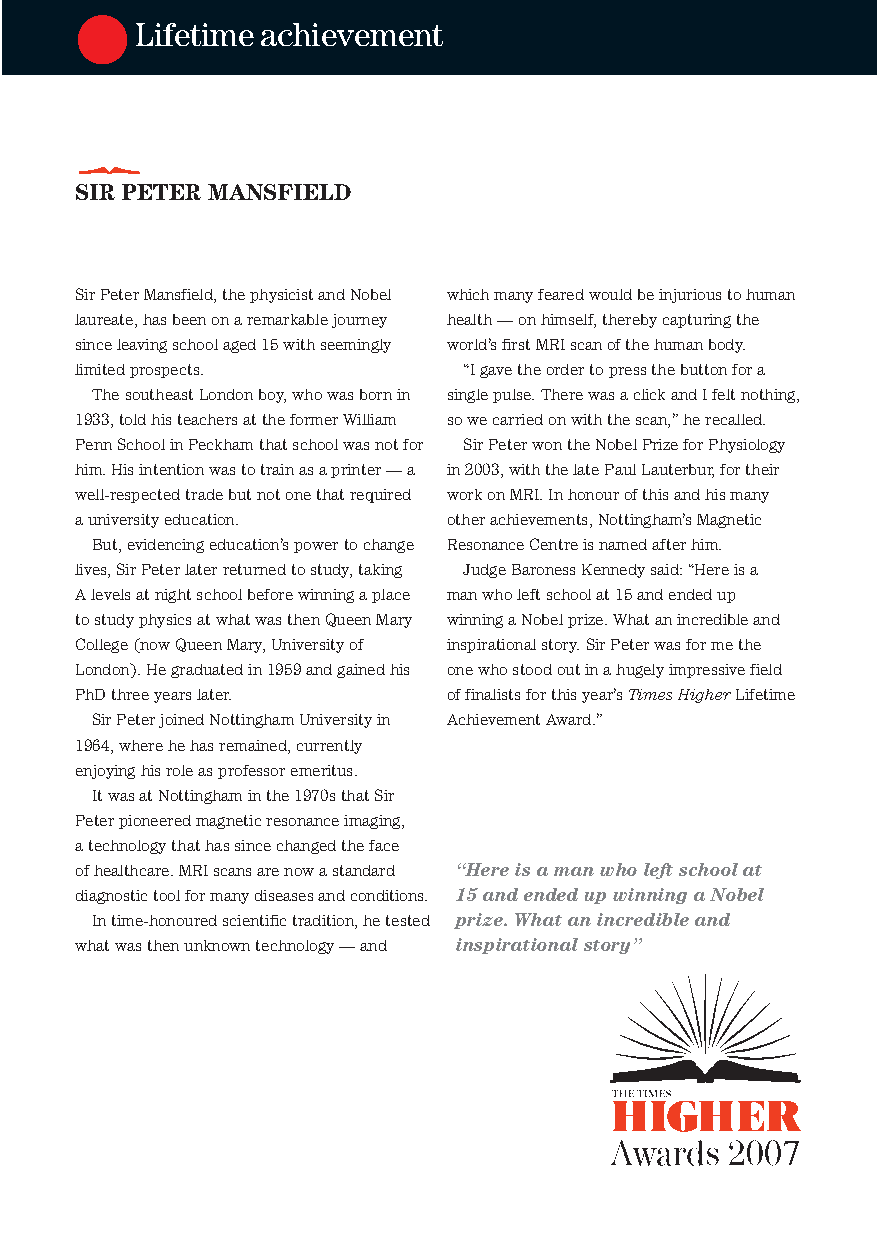
Lifetimeachievement
 SIR PETER MANSFIELD
 SirPeterMansfield,thephysicistandNobel whichmanyfearedwouldbeinjurioustohuman
 laureate,hasbeenonaremarkablejourney health—onhimself,therebycapturingthe
 sinceleavingschoolaged15withseemingly world’sfirstMRIscanofthehumanbody.
 limitedprospects.         “Igavetheordertopressthebuttonfora
 ThesoutheastLondonboy,whowasbornin singlepulse.TherewasaclickandIfeltnothing,
 1933,toldhisteachersattheformerWilliam sowecarriedonwiththescan,”herecalled.
 PennSchoolinPeckhamthatschoolwasnotfor SirPeterwontheNobelPrizeforPhysiology
 him.Hisintentionwastotrainasaprinter—a in2003,withthelatePaulLauterbur,fortheir
 well-respectedtradebutnotonethatrequired workonMRI.Inhonourofthisandhismany
 auniversityeducation.    otherachievements,Nottingham’sMagnetic
 But,evidencingeducation’spowertochange ResonanceCentreisnamedafterhim.
 lives,SirPeterlaterreturnedtostudy,taking JudgeBaronessKennedysaid:“Hereisa
 Alevelsatnightschoolbeforewinningaplace manwholeftschoolat15andendedup
 tostudyphysicsatwhatwasthenQueenMary winningaNobelprize.Whatanincredibleand
 College(nowQueenMary,Universityof inspirationalstory.SirPeterwasformethe
 London).Hegraduatedin1959andgainedhis onewhostoodoutinahugelyimpressivefield
 PhDthreeyearslater.      offinalistsforthisyear’sTimesHigherLifetime
 SirPeterjoinedNottinghamUniversityin AchievementAward.”
 1964,wherehehasremained,currently
 enjoyinghisroleasprofessoremeritus.
 ItwasatNottinghaminthe1970sthatSir
 Peterpioneeredmagneticresonanceimaging,
 atechnologythathassincechangedtheface
 ofhealthcare.MRIscansarenowastandard “Hereisamanwholeftschoolat
 diagnostictoolformanydiseasesandconditions. 15andendedupwinningaNobel
 Intime-honouredscientifictradition,hetested prize.Whatanincredibleand
 whatwasthenunknowntechnology—and inspirationalstory”